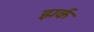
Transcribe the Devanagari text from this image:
झर्क